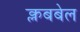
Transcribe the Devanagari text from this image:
क्लबबेल